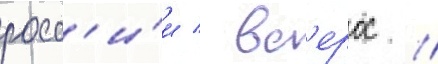
росс'и́и / вс'ерос //